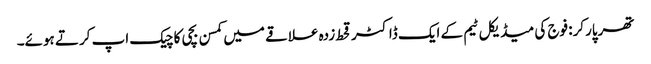
تھرپارکر: فوج کی میڈیکل ٹیم کے ایک ڈاکٹر قحط زدہ علاقے میں کمسن بچی کا چیک اپ کرتے ہوئے۔